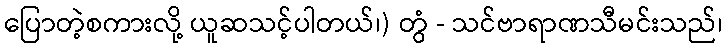
ပြောတဲ့စကားလို့ ယူဆသင့်ပါတယ်၊) တွံ - သင်ဗာရာဏသီမင်းသည်၊